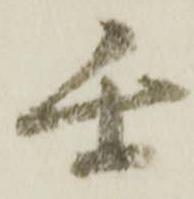
閏